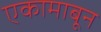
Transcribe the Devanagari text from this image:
एकामाबून